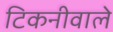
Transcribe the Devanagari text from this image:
टिकनीवाले